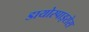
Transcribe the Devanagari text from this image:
डायोस्पाइरोस